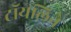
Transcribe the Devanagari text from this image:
टॉयलिने